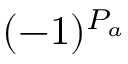
( - 1 ) ^ { P _ { a } }